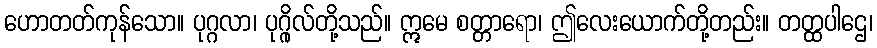
ဟောတတ်ကုန်သော။ ပုဂ္ဂလာ၊ ပုဂ္ဂိုလ်တို့သည်။ ဣမေ စတ္တာရော၊ ဤလေးယောက်တို့တည်း။ တတ္ထပါဌေ၊